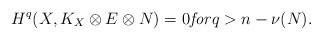
LaTeX: \begin{align*} H^q(X,K_X\otimes E\otimes N)=0 \mathit{for} q>n-\nu(N). \end{align*}